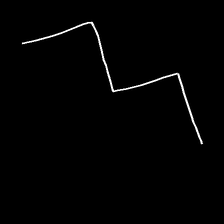
Glyph: crush